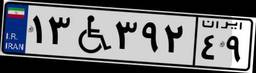
۱۳W۳۹۲۴۹